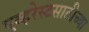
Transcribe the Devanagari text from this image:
एव्हरेस्टसाठीच्या